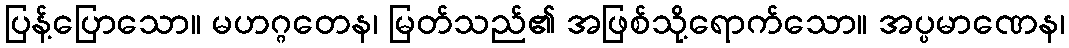
ပြန့်ပြောသော။ မဟဂ္ဂတေန၊ မြတ်သည်၏ အဖြစ်သို့ရောက်သော။ အပ္ပမာဏေန၊